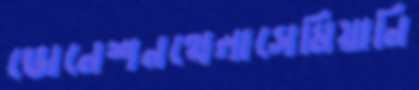
ডোনেশনথেলাসেমিয়ানি